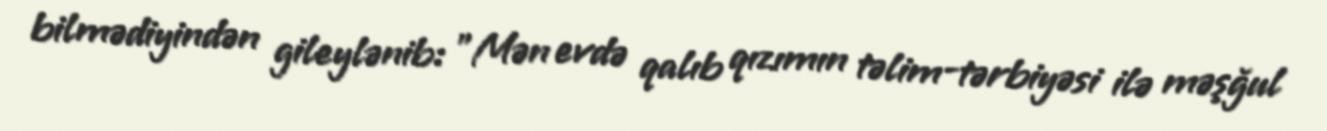
bilmədiyindən gileylənib: "Mən evdə qalıb qızımın təlim-tərbiyəsi ilə məşğul